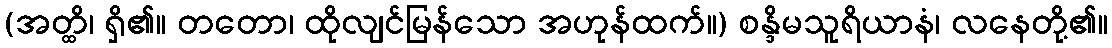
(အတ္ထိ၊ ရှိ၏။ တတော၊ ထိုလျင်မြန်သော အဟုန်ထက်။) စန္ဒိမသူရိယာနံ၊ လနေတို့၏။